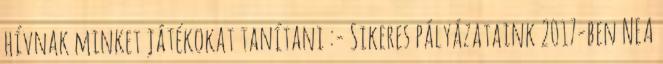
hívnak minket játékokat tanítani :- Sikeres pályázataink 2017-ben NEA